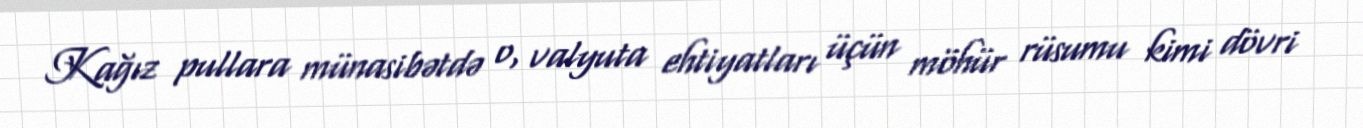
Kağız pullara münasibətdə o, valyuta ehtiyatları üçün möhür rüsumu kimi dövri